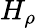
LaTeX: H_{\rho}